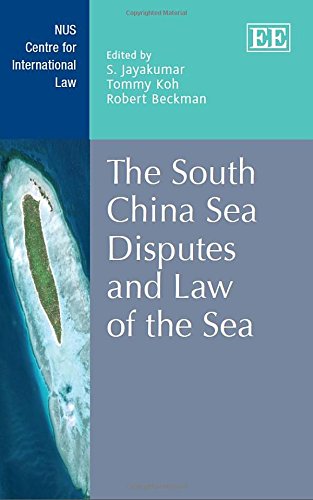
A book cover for The South China Sea Disputes and Law of the Sea (NUS Centre for International Law series); S. Jayakumar; Law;